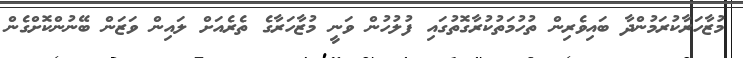
މުޒާހަރާކުރަމުންދާ ބައިވެރިން ތުހުމަތުކުރާގޮތުގައި ފުލުހުން ވަނީ މުޒާހަރާގެ ތެރެއަށް ލައިން ވަޒަން ބޭނުންކޮށްގެން